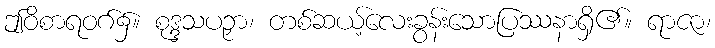
ဤဝိစာရဝဂ်၌။ စုဒ္ဒသပဉှာ၊ တစ်ဆယ့်လေးခွန်းသောပြဿနာရှိ၏။ ရာဇာ၊